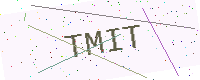
Text: TMIT